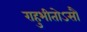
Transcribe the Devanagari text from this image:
राहुभीतोऽसौ